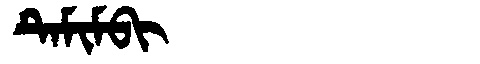
Manchu: ᡨᡝᠮᡳᠮᠪᡳ
Romanization: TEMIMBI